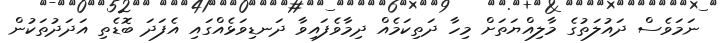
ނަމަވެސް ދައުލަތުގެ މާލިއްޔަތަށް މިހާ ދަތިކަމެއް ދިމާވެފައިވާ ދަނޑިވަޅެއްގައި އެފަދަ ބޮޑެތި އަދަދުތަކުން